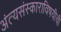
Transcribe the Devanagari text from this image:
अंत्यसंस्काराविषयीची